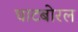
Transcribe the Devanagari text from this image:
घाटबोरल